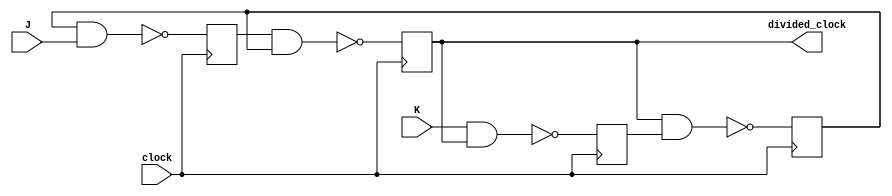
module clock_divisor (clock, J, K, divided_clock);
	input clock, J, K;
	output divided_clock;
	
	// Divisor de Clock com Flip-Flop JK
	reg w0, w1, w2, Q; // Seus registradores
	always @(posedge clock) begin
		w0 <= !(w2 & J);
		w1 <= !(K & Q);
		Q <= !(w0 & w2);
		w2 <= !(Q & w1);
	end
	
	assign divided_clock = Q; // Atribui na sada o clock dividido
endmodule